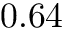
0 . 6 4